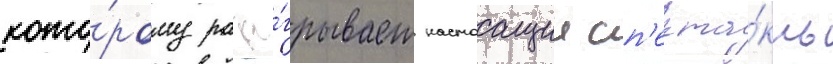
кото́рому разы́грывает настоащии сп'екта́кль